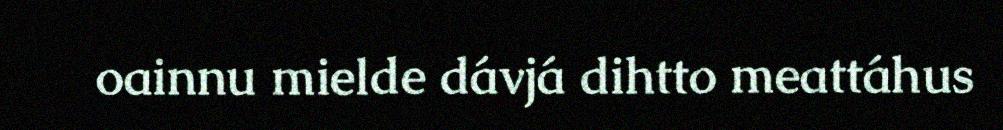
oainnu mielde dávjá dihtto meattáhus